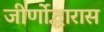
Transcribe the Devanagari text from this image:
जीर्णोद्धारास